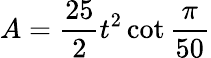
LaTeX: A={\frac{25}{2}}t^{2}\cot{\frac{\pi}{50}}